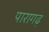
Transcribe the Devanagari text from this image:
पारागढ़